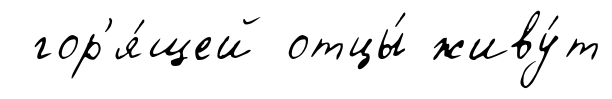
гор'я́щей отцы́ живу́т